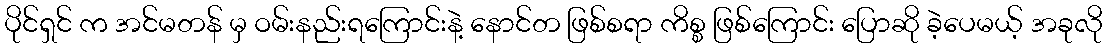
ပိုင်ရှင် က အင်မတန် မှ ဝမ်းနည်းရကြောင်းနဲ့ နောင်တ ဖြစ်စရာ ကိစ္စ ဖြစ်ကြောင်း ပြောဆို ခဲ့ပေမယ့် အခုလို